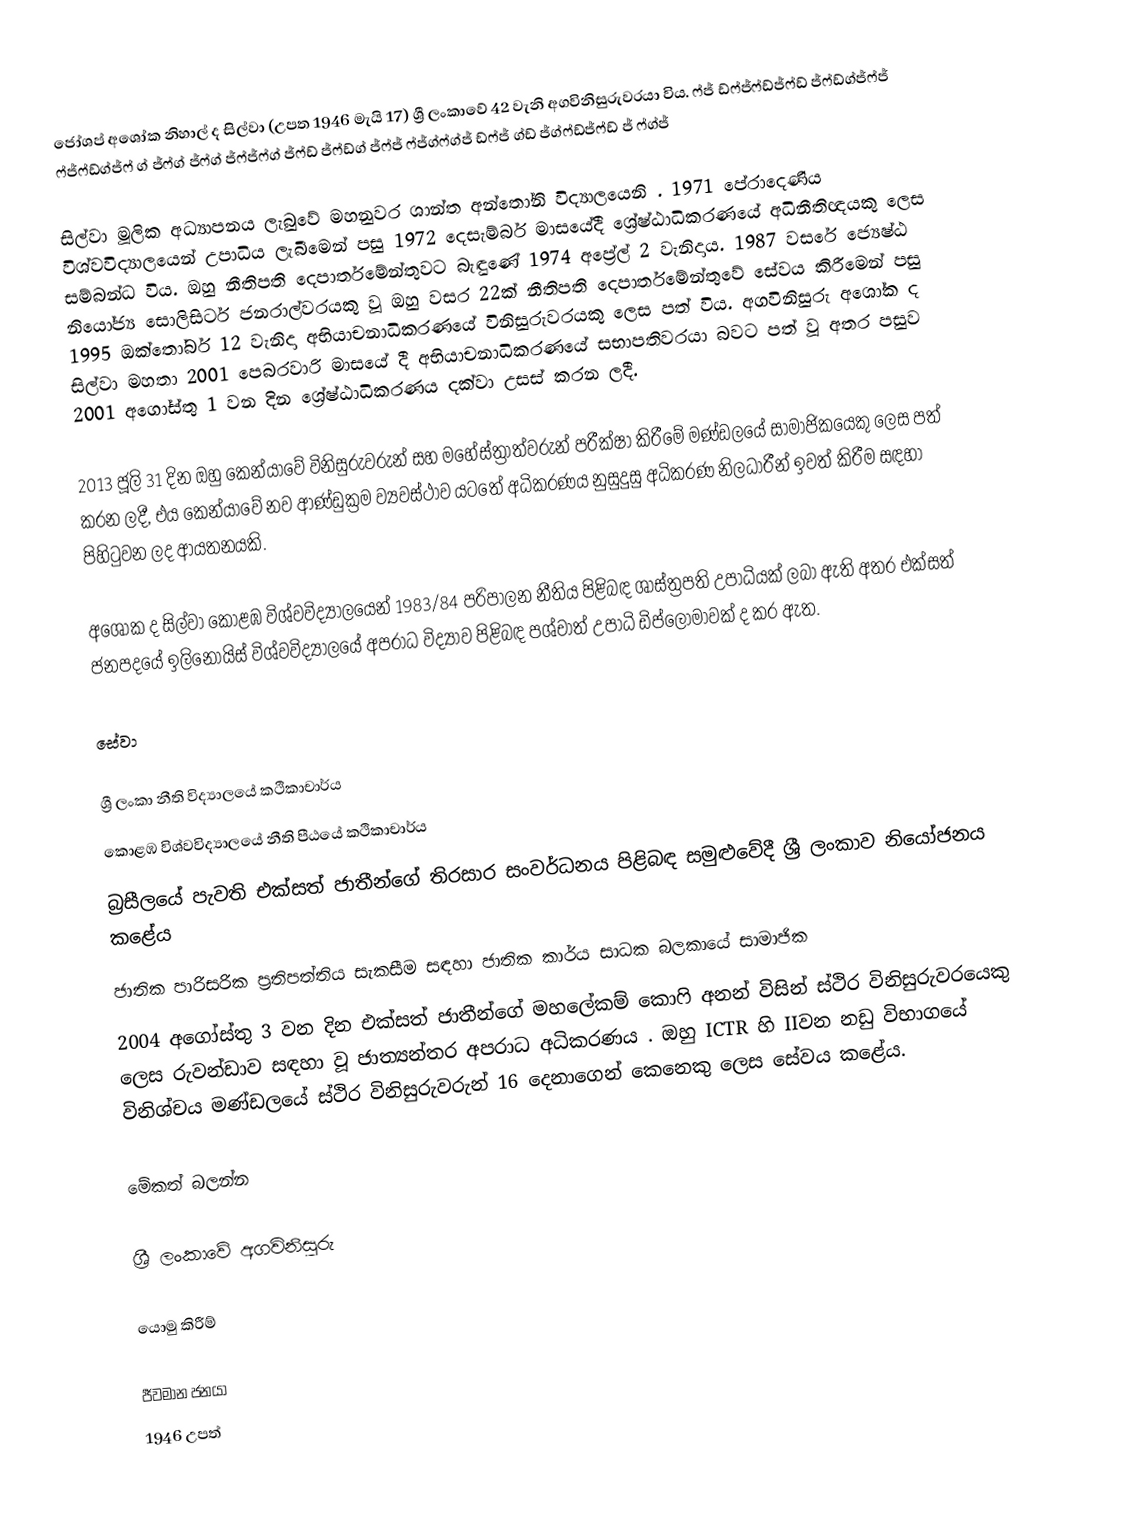
ජෝශප් අශෝක නිහාල් ද සිල්වා (උපත 1946 මැයි 17) ශ්‍රී ලංකාවේ 42 වැනි අගවිනිසුරුවරයා විය.   ෆ්ජ් ඩ්ෆ්ජ්ෆ්ඩ්ජ්ෆ්ඩ් ජ්ෆ්ඩ්ග්ජ්ෆ්ජ් ෆ්ජ්ෆ්ඩ්ග්ජ්ෆ් ග් ජ්ෆ්ග් ජ්ෆ්ග් ජ්ෆ්ජ්ෆ්ග් ජ්ෆ්ඩ් ජ්ෆ්ඩ්ග් ජ්ෆ්ජ් ෆ්ජ්ග්ෆ්ග්ජ් ඩ්ෆ්ජ් ග්ඩ් ජ්ග්ෆ්ඩ්ජ්ෆ්ඩ් ජ් ෆ්ග්ජ්

සිල්වා මූලික අධ්‍යාපනය ලැබුවේ මහනුවර ශාන්ත අන්තෝනි විද්‍යාලයෙනි . 1971 පේරාදෙණිය විශ්වවිද්‍යාලයෙන් උපාධිය ලැබීමෙන් පසු 1972 දෙසැම්බර් මාසයේදී ශ්‍රේෂ්ඨාධිකරණයේ අධිනීතිඥයකු ලෙස සම්බන්ධ විය. ඔහු නීතිපති දෙපාර්තමේන්තුවට බැඳුණේ 1974 අප්‍රේල් 2 වැනිදාය. 1987 වසරේ ජ්‍යෙෂ්ඨ නියෝජ්‍ය සොලිසිටර් ජනරාල්වරයකු වූ ඔහු වසර 22ක් නීතිපති දෙපාර්තමේන්තුවේ සේවය කිරීමෙන් පසු 1995 ඔක්තෝබර් 12 වැනිදා අභියාචනාධිකරණයේ විනිසුරුවරයකු ලෙස පත් විය. අගවිනිසුරු අශෝක ද සිල්වා මහතා 2001 පෙබරවාරි මාසයේ දී අභියාචනාධිකරණයේ සභාපතිවරයා බවට පත් වූ අතර පසුව 2001 අගෝස්තු 1 වන දින ශ්‍රේෂ්ඨාධිකරණය දක්වා උසස් කරන ලදී.

2013 ජූලි 31 දින ඔහු කෙන්යාවේ විනිසුරුවරුන් සහ මහේස්ත්‍රාත්වරුන් පරීක්ෂා කිරීමේ මණ්ඩලයේ සාමාජිකයෙකු ලෙස පත් කරන ලදී, එය කෙන්යාවේ නව ආණ්ඩුක්‍රම ව්‍යවස්ථාව යටතේ අධිකරණය නුසුදුසු අධිකරණ නිලධාරීන් ඉවත් කිරීම සඳහා පිහිටුවන ලද ආයතනයකි.

අශෝක ද සිල්වා කොළඹ විශ්වවිද්‍යාලයෙන් 1983/84 පරිපාලන නීතිය පිළිබඳ ශාස්ත්‍රපති උපාධියක් ලබා ඇති අතර එක්සත් ජනපදයේ ඉලිනොයිස් විශ්වවිද්‍යාලයේ අපරාධ විද්‍යාව පිළිබඳ පශ්චාත් උපාධි ඩිප්ලෝමාවක් ද කර ඇත.

සේවා

 ශ්‍රී ලංකා නීති විද්‍යාලයේ කථිකාචාර්ය
 කොළඹ විශ්වවිද්‍යාලයේ නීති පීඨයේ කථිකාචාර්ය
 බ්‍රසීලයේ පැවති එක්සත් ජාතීන්ගේ තිරසාර සංවර්ධනය පිළිබඳ සමුළුවේදී ශ්‍රී ලංකාව නියෝජනය කළේය
 ජාතික පාරිසරික ප්‍රතිපත්තිය සැකසීම සඳහා ජාතික කාර්ය සාධක බලකායේ සාමාජික
 2004 අගෝස්තු 3 වන දින එක්සත් ජාතීන්ගේ මහලේකම් කොෆි අනන් විසින් ස්ථිර විනිසුරුවරයෙකු ලෙස රුවන්ඩාව සඳහා වූ ජාත්‍යන්තර අපරාධ අධිකරණය . ඔහු ICTR හි IIවන නඩු විභාගයේ විනිශ්චය මණ්ඩලයේ ස්ථිර විනිසුරුවරුන් 16 දෙනාගෙන් කෙනෙකු ලෙස සේවය කළේය.

මේකත් බලන්න

 ශ්‍රී ලංකාවේ අගවිනිසුරු

යොමු කිරීම්

ජීවමාන ජනයා
1946 උපත්